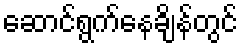
ဆောင်ရွက်နေချိန်တွင်